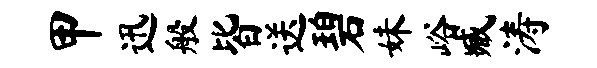
甲迅般皆送碧妹峪臧涛